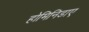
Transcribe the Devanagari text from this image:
होमिनिडाए